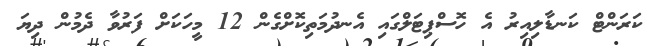
ކަރަންޓް ކަނޑާލިއިރު އެ ހޮސްޕިޓަލްގައި އެނދުމަތިކޮށްގެން 12 މީހަކަށް ފަރުވާ ދެމުން ދިޔަ